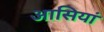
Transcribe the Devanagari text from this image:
आसियां